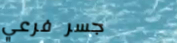
جسر فرعي